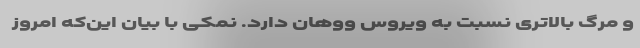
و مرگ بالاتری نسبت به ویروس ووهان دارد‌. نمکی با بیان این‌که امروز